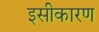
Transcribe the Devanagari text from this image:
इसीकारण